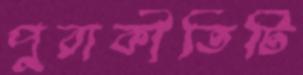
পুরাকীর্তিটি